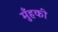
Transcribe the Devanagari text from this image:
मुँहकी